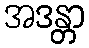
အဒန္တာ